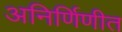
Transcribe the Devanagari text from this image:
अनिर्णिणीत